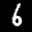
Label: 6